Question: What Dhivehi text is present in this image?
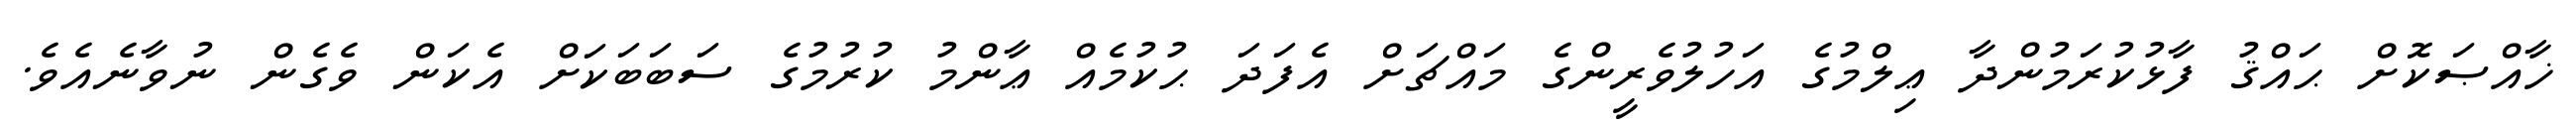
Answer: ޚާއްޞަކޮށް ޙައްޤު ފާޅުކުރަމުންދާ ޢިލްމުގެ އަހުލުވެރީންގެ މައްޗަށް އެފަދަ ޙުކުމެއް ޢާންމު ކުރުމުގެ ސަބަބަކަށް އެކަން ވެގެން ނުވާނެއެވެ.